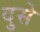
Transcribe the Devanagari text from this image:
दुसे